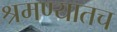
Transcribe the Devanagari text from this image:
श्रमण्यातच